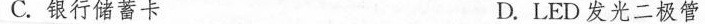
C.银行储蓄卡 D.LED发光二极管